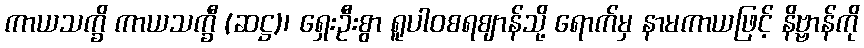
ကာယသက္ခိ ကာယသက္ခီ (ဆဋ္ဌ)၊ ရှေးဦးစွာ ရူပါဝစရဈာန်သို့ ရောက်မှ နာမကာယဖြင့် နိဗ္ဗာန်ကို